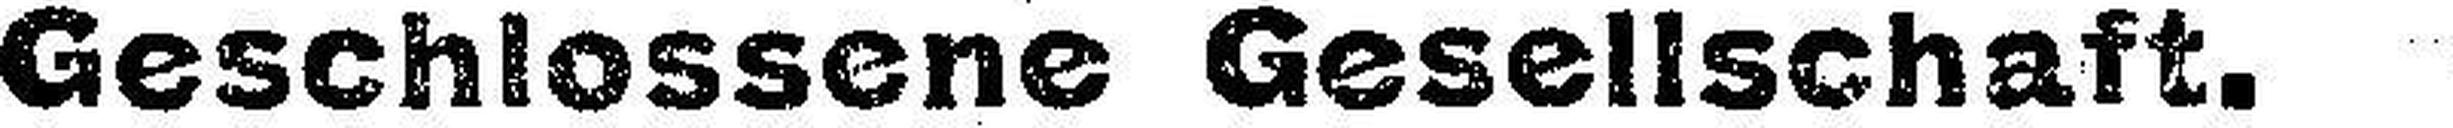
Geschlossene Gesellschaft.